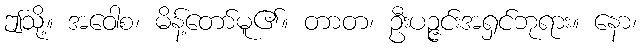
ဤသို့။ အဝေါစ၊ မိန့်တော်မူ၏။ တာတ၊ ဦးပဉ္ဇင်းအရှင်ဘုရား။ နော၊